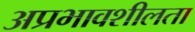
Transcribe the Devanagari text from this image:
अप्रभावशीलता